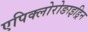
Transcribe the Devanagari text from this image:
एपिक्लोरोङाइड्रिन